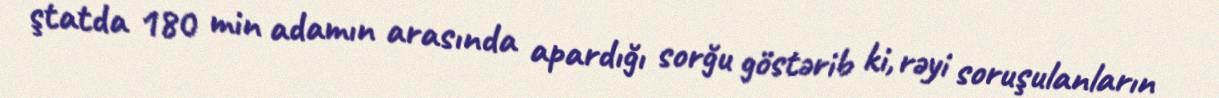
ştatda 180 min adamın arasında apardığı sorğu göstərib ki, rəyi soruşulanların